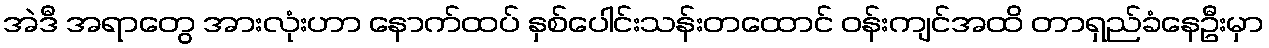
အဲဒီ အရာတွေ အားလုံးဟာ နောက်ထပ် နှစ်ပေါင်းသန်းတထောင် ဝန်းကျင်အထိ တာရှည်ခံနေဦးမှာ